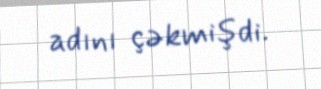
adını çəkmişdi.